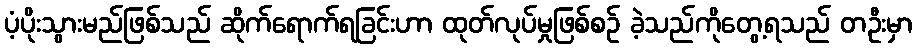
ပံ့ပိုးသွားမည်ဖြစ်သည် ဆိုက်ရောက်ရခြင်းဟာ ထုတ်လုပ်မှုဖြစ်စဉ် ခဲ့သည်ကိုတွေ့ရသည် တဦးမှာ